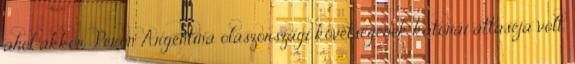
ahol akkor Perón Argentína olaszországi követségének katonai attaséja volt.